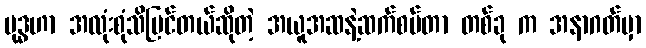
ဗုဒ္ဓဟာ အလုံးစုံသိမြင်တယ်ဆိုတဲ့ အယူအဆနဲ့ဆက်စပ်တာ တစ်ခု က အနာဂတ်မှာ